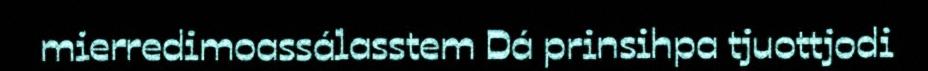
mierredimoassálasstem Dá prinsihpa tjuottjodi